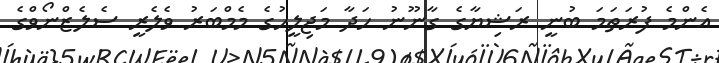
އެންމެ ފުރަތަމަ ބުނީ ރަޝިޔާގެ ގާނޫނު ހަދާ މަޖިލީހުގެ މެމްބަރު ވެލެރީ ސެލެޒްނޯވްގެ